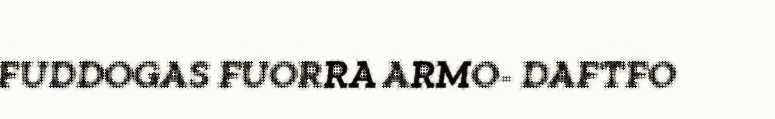
FUDDOGAS FUORRA ARMO- DAFTFO